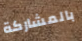
بالمشاركة